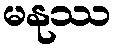
မနုဿ